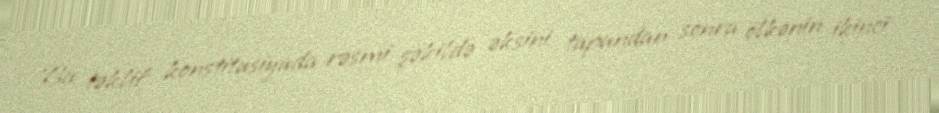
Bu təklif konstitusiyada rəsmi şəkildə əksini tapandan sonra ölkənin ikinci